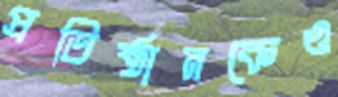
প্রতিষ্ঠানকেও